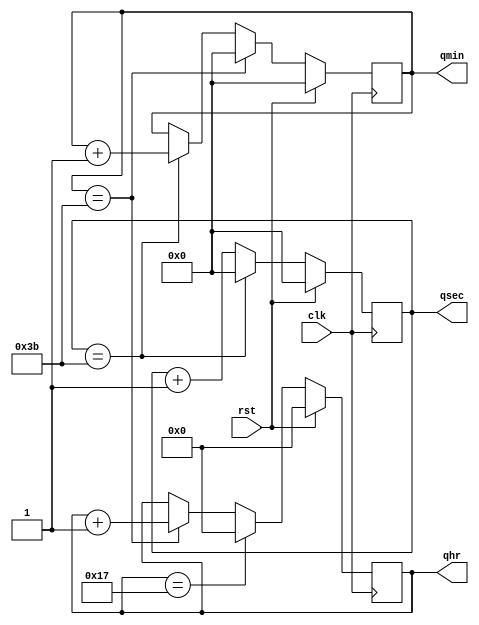
module newdgclk(rst,clk,qsec,qmin,qhr);
input rst,clk;
output reg [5:0] qsec,qmin;
output reg [4:0] qhr;
always @(posedge clk)
	begin
	if(rst==1)
		begin
		qsec<=6'b000000;
		qmin<=6'b000000;
		qhr<=5'b00000;
		end
	else
		begin
		qsec<=qsec+1;
		    if(qsec==6'b111011)
			begin
			qmin<=qmin+1;
			qsec<=0;
			end
		    if(qmin==6'b111011)
			begin
			qhr<=qhr+1;
			qmin<=0;
			end
		    if(qhr==5'b10111)
			begin
			qhr<=0;
			end
	  	end
	end
endmodule